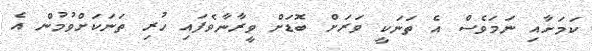
ކަމަށާއި ނަމަވެސް އެ ތަނަކީ ވަރަށް ބޮޑަށް ވީރާނާވެފައި ހުރި ތަނަކަށްވުމުން އެ